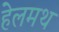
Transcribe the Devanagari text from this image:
हेलमथ